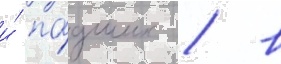
и́ па́дших / в